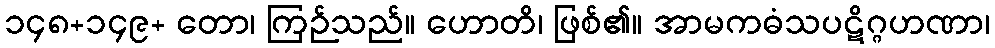
၁၄၈+၁၄၉+ တော၊ ကြဉ်သည်။ ဟောတိ၊ ဖြစ်၏။ အာမကဓံသပဋိဂ္ဂဟဏာ၊